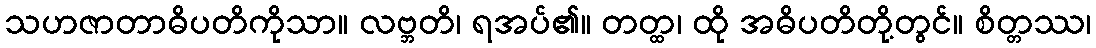
သဟဇာတာဓိပတိကိုသာ။ လဗ္ဘတိ၊ ရအပ်၏။ တတ္ထ၊ ထို အဓိပတိတို့တွင်။ စိတ္တဿ၊